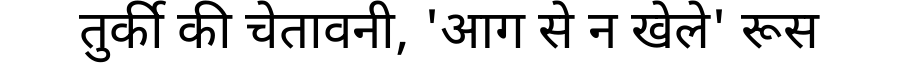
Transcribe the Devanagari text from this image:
तुर्की की चेतावनी, 'आग से न खेले' रूस